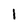
Character: 1